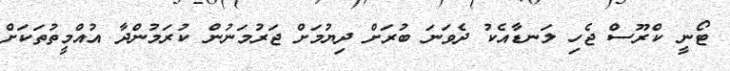
ޓޯނީ ކްރޫސް ޖެހި ލަނޑާއެކު ދެވަނަ ބުރަށް ދިޔުމަށް ޖަރުމަނުން ކުރަމުންދާ އުއްމީތުތަކަށް